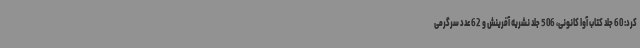
کرد: 60 جلد کتاب آوا کانونی، 506 جلد نشریه آفرینش و 62 عدد سرگرمی